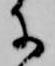
に